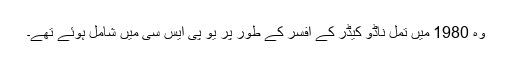
وہ 1980 میں تمل ناڈو کیڈر کے افسر کے طور پر یو پی ایس سی میں شامل ہوئے تھے۔